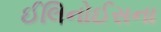
ઈલિનોઈસના